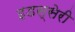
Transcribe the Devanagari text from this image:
इडस्सेरी